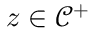
z \in \mathcal { C } ^ { + }